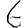
Digit: 6